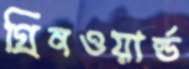
গ্রিনওয়ার্ল্ড